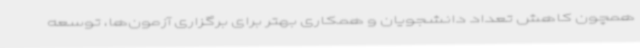
همچون کاهش تعداد دانشجویان و همکاری بهتر برای برگزاری آزمون‌ها، توسعه